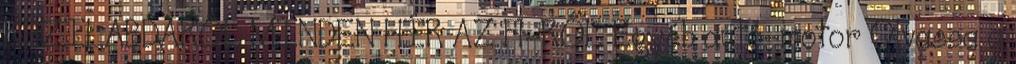
KÉZILABDÁRÓL MINDEN HÍR AZ F1-RŐL Egyéb autó-motor Olvassa a